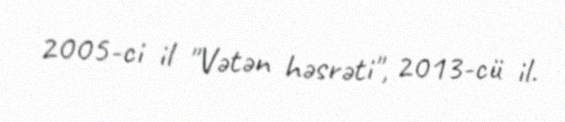
2005-ci il "Vətən həsrəti", 2013-cü il.